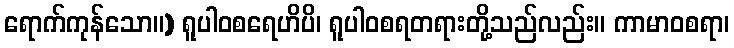
ရောက်ကုန်သော။) ရူပါဝစရေဟိပိ၊ ရူပါဝစရတရားတို့သည်လည်း။ ကာမာဝစရာ၊